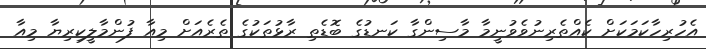
އެހުރިހާކަމަކަށް ކެއްތެރިނުވެވުނީމާ މާސިންގާ ކަނޑުގެ ބޮޑެތި ރާޅުތަކުގެ ތެރެއަށް މިއާ ފުންމާލީކިރިޔާ މިއާ